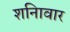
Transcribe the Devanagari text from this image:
शनिावार